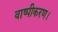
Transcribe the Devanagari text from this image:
वाष्पीकरण।